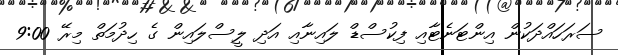
ސަރަހައްދަކުން އިންޓަނެޓާއި ފިކުސްޑް ލައިނާއި އަދި ލީސްލައިން ގެ ހިދުމަތް މިރޭ 9:00